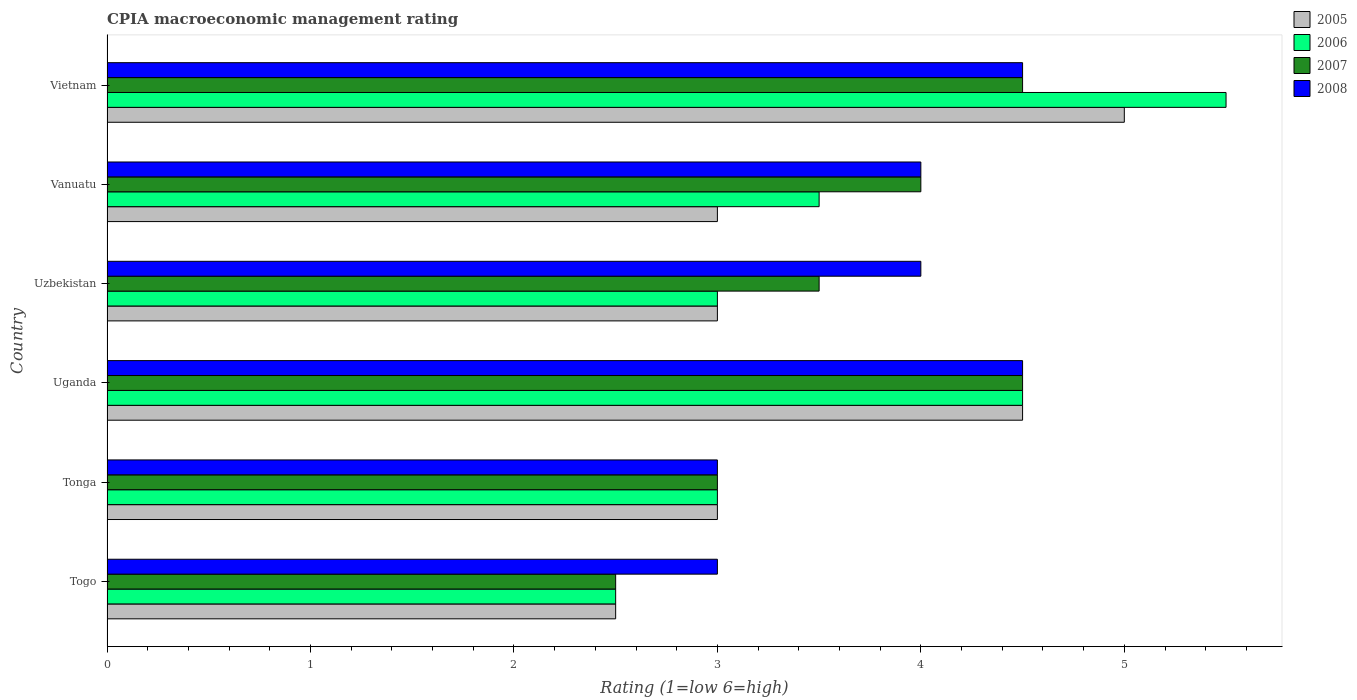
| Country | 2005 | 2006 | 2007 | 2008 |
 | --- | --- | --- | --- | --- |
 | Togo | 2.5 | 2.5 | 2.5 | 3 |
 | Tonga | 3 | 3 | 3 | 3 |
 | Uganda | 4.5 | 4.5 | 4.5 | 4.5 |
 | Uzbekistan | 3 | 3 | 3.5 | 4 |
 | Vanuatu | 3 | 3.5 | 4 | 4 |
 | Vietnam | 5 | 5.5 | 4.5 | 4.5 |